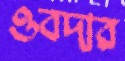
ওবদার